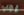
يجب